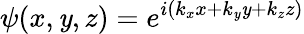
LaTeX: \psi(x,\mathit{y},z)=e^{i(k_{x}x+k_{\mathit{y}}\mathit{y}+k_{z}z)}